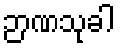
ဉာဏသုခါ